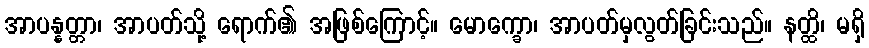
အာပန္နတ္တာ၊ အာပတ်သို့ ရောက်၏ အဖြစ်ကြောင့်။ မောက္ခော၊ အာပတ်မှလွတ်ခြင်းသည်။ နတ္ထိ၊ မရှိ